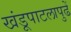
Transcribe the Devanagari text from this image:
खंडूपाटलापुढें